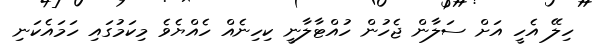
ހިލޭ އެހީ އަށް ސަލާން ޖެހުން ހުއްޓާލާނީ ކިހިނެއް ހެއްޔެވެ މިކަމުގައި ހަމައެކަނި